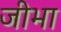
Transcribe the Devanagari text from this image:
जीभा